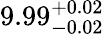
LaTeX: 9.99_{-0.02}^{+0.02}